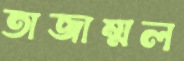
তাজাম্মল